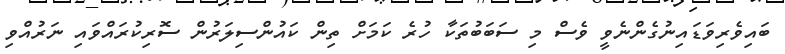
ބައިވެރިވަޑައިނުގެންނެވީ ވެސް މި ސަބަބުތަކާ ހުރެ ކަމަށް ތިން ކައުންސިލަރުން ސޮރިކުރައްވައި ނަރުއްވި